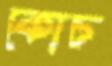
কোচ